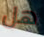
هل